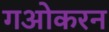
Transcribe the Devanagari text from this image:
गओकरन